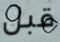
قبل